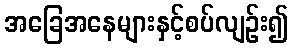
အခြေအနေများနှင့်စပ်လျဉ်း၍